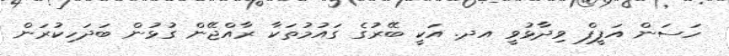
ހަސަން އަފީފް ވިދާޅުވީ އދ. އަކީ ބޭރުގެ ގައުމުތަކާ ރާއްޖޭން ގުޅުން ބަދަހިކުރަން